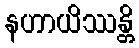
နဟာယိဿန္တိ